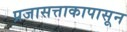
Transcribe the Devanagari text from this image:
प्रजासत्ताकापासून